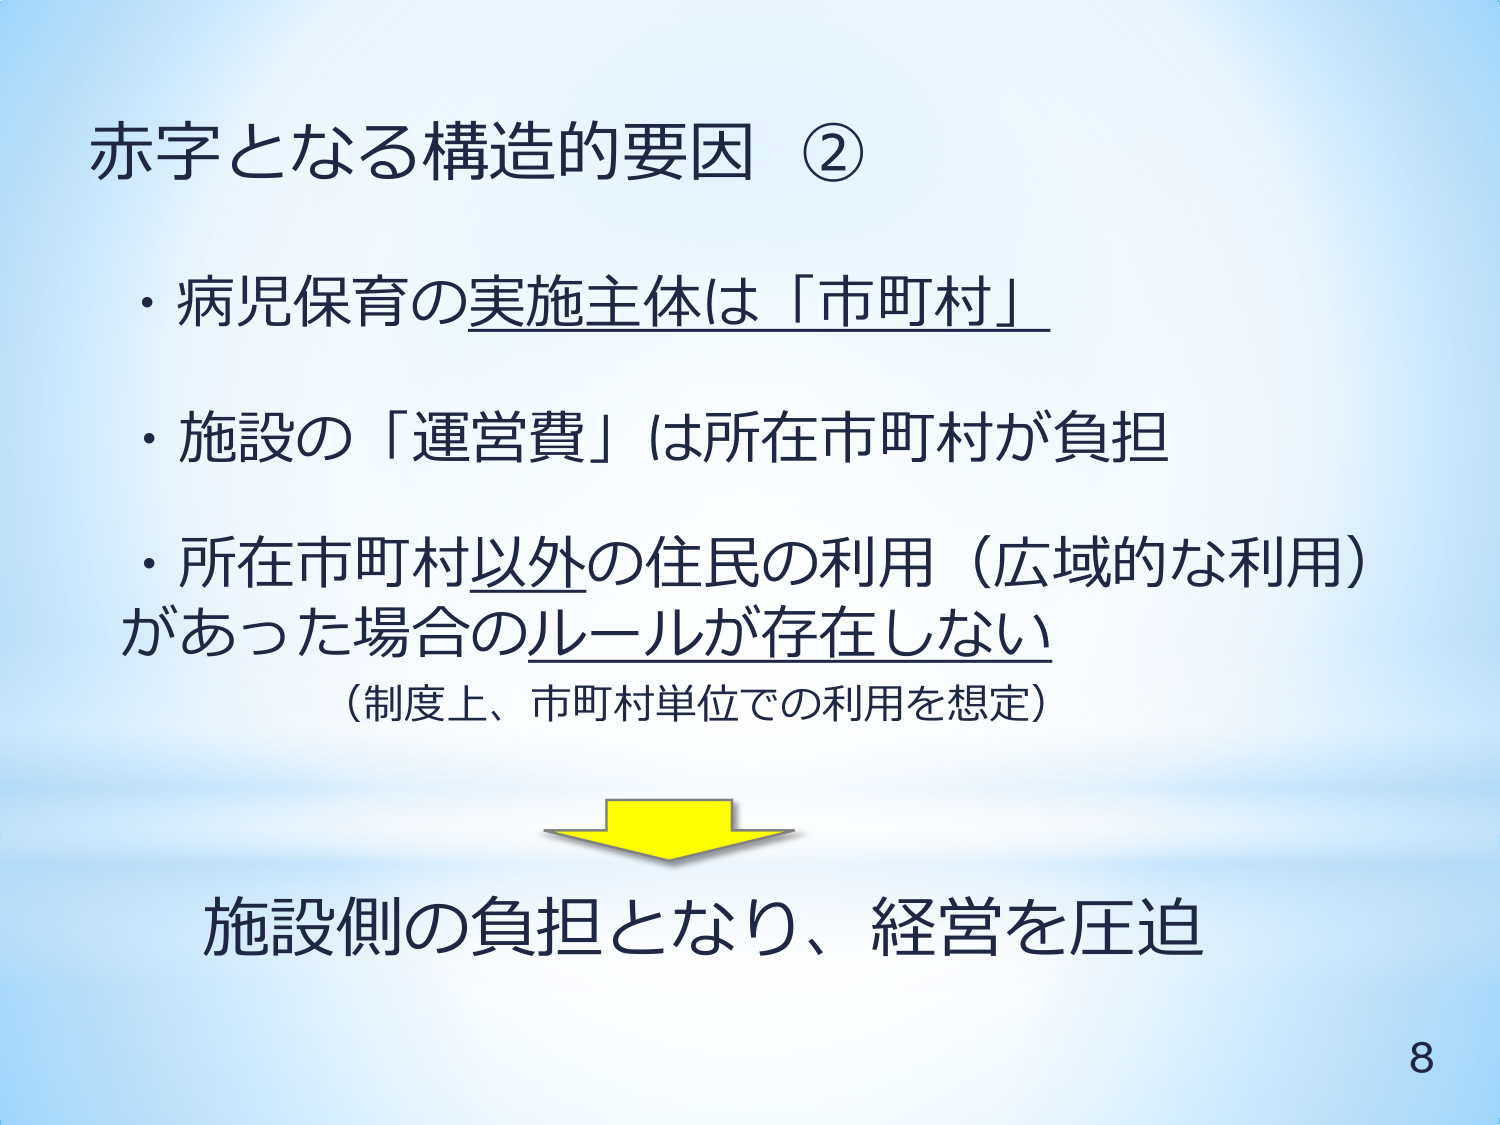
赤字となる構造的要因 ②
・病児保育の実施主体は「市町村」
・施設の「運営費」は所在市町村が負担
・所在市町村以外の住民の利用（広域的な利用）
があった場合のルールが存在しない
（制度上、市町村単位での利用を想定）
施設側の負担となり、経営を圧迫
8